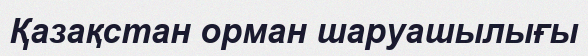
Қазақстан орман шаруашылығы